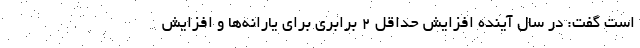
است گفت: در سال آینده افزایش حداقل ۲ برابری برای یارانه‌ها و افزایش